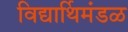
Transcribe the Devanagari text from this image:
विद्यार्थिमंडळ